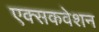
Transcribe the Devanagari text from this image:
एक्सकवेशन